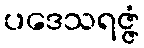
ပဒေသရဇ္ဇံ